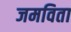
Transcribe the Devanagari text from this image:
जमविता